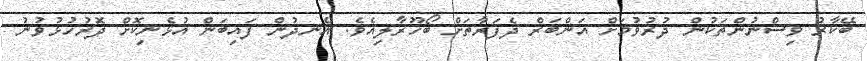
ބޭކާރު ވިސްނުންތަކުން ދުރުވުމަށް އަންބަރް ދެފަރާތަށް ބޯހޫރާލިއެވެ. އެނދުން ފައިބަން އުޅެނިކޮށް ދޮރުހުޅުވުނު